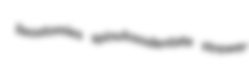
ileostomies spinulosodentate strewer